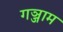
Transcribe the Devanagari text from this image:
गञ्जाम